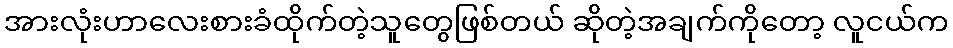
အားလုံးဟာလေးစားခံထိုက်တဲ့သူတွေဖြစ်တယ် ဆိုတဲ့အချက်ကိုတော့ လူငယ်က